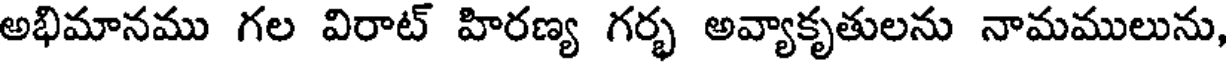
అభిమానము గల విరాట్ హిరణ్య గర్భ అవ్యాకృతులను నామములును,